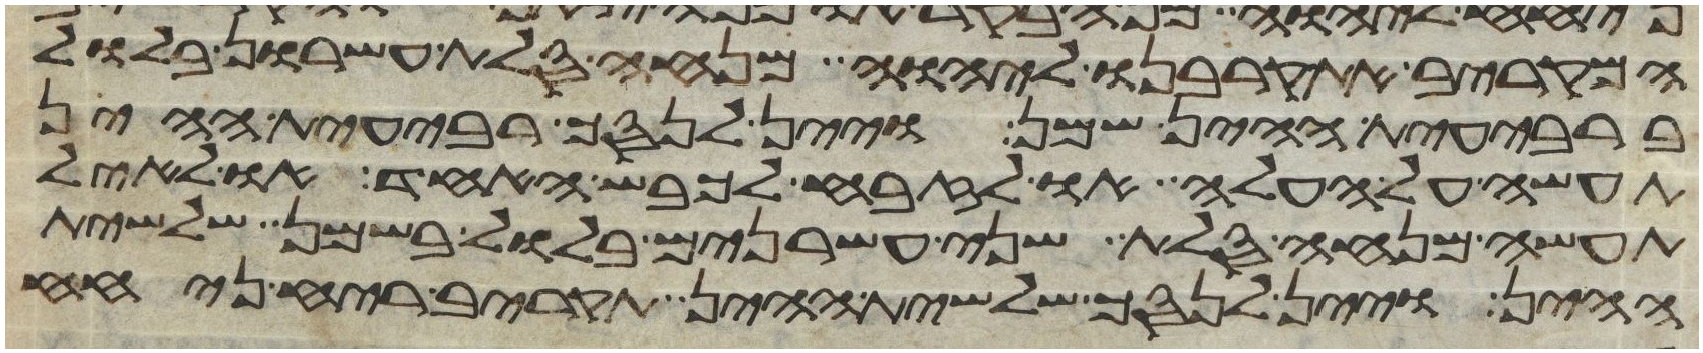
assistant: המקריב את קרבנו ליהוה מנחה סלת עשרון בלול
ברבעית ההין שמן ויין לנסך רבעית ההין
תעשה על העלה או לזבח לכבש האחד או לאיל
תעשה מנחה סלת שני עשרנים בלול בשמן שלשית
ההין ויין לנסך שלשית ההין תקריב ריח ניחח